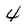
Character: 4